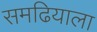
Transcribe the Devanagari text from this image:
समढियाला